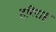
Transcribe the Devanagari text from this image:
हरिराह